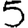
Digit: 5